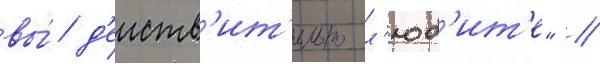
вы́ д'еиств'ит'ельно л'юб'ит'е" //